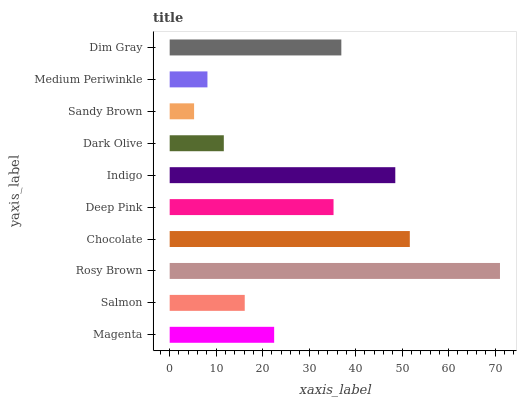
| yaxis_label | bars |
 | --- | --- |
 | Magenta | 22.5 |
 | Salmon | 16.1 |
 | Rosy Brown | 71.1 |
 | Chocolate | 51.7 |
 | Deep Pink | 35.2 |
 | Indigo | 48.5 |
 | Dark Olive | 11.6 |
 | Sandy Brown | 5.25 |
 | Medium Periwinkle | 8.12 |
 | Dim Gray | 36.9 |